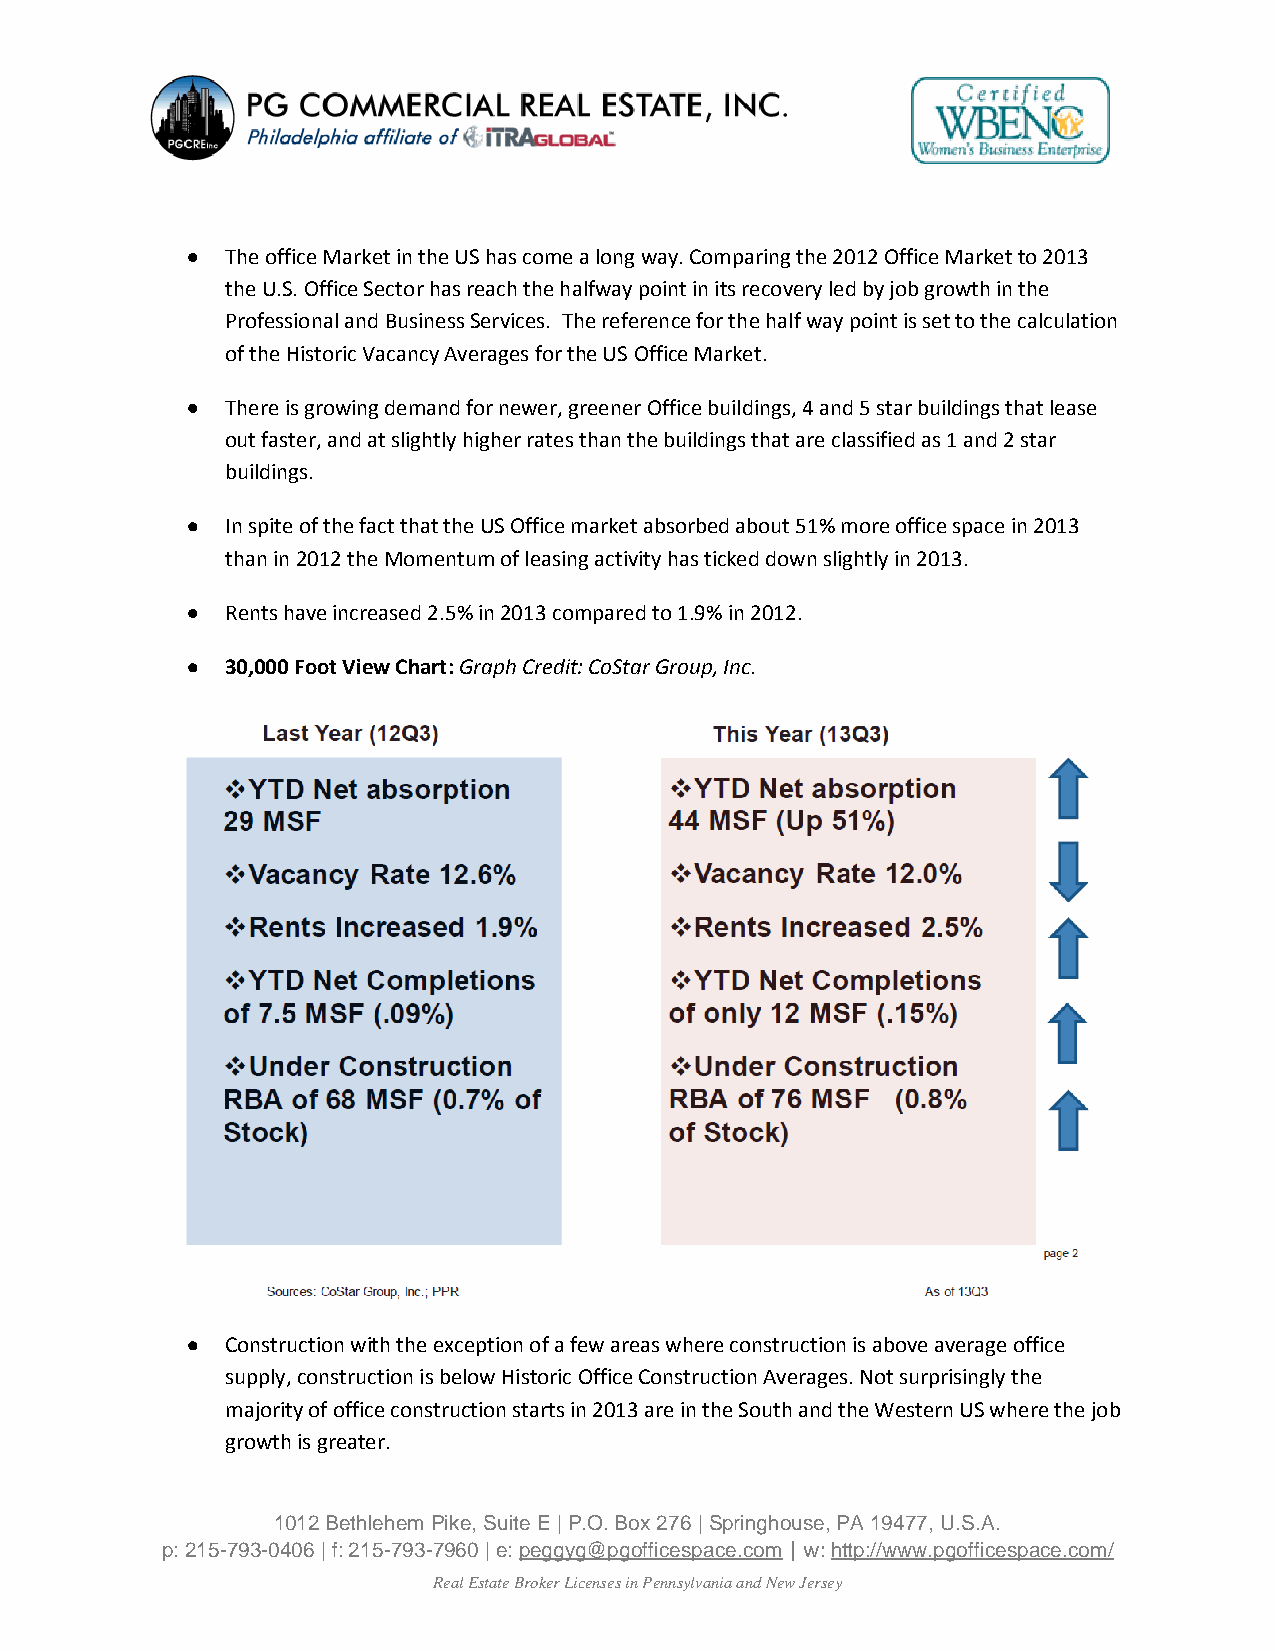
  The office Market in the US has come a long way. Comparing the 2012 Office Market to 2013
 the U.S. Office Sector has reach the halfway point in its recovery led by job growth in the
 Professional and Business Services. The reference for the half way point is set to the calculation
 of the Historic Vacancy Averages for the US Office Market.
   There is growing demand for newer, greener Office buildings, 4 and 5 star buildings that lease
 out faster, and at slightly higher rates than the buildings that are classified as 1 and 2 star
 buildings.
   In spite of the fact that the US Office market absorbed about 51% more office space in 2013
 than in 2012 the Momentum of leasing activity has ticked down slightly in 2013.
   Rents have increased 2.5% in 2013 compared to 1.9% in 2012.
   30,000 Foot View Chart: Graph Credit: CoStar Group, Inc.
   Construction with the exception of a few areas where construction is above average office
 supply, construction is below Historic Office Construction Averages. Not surprisingly the
 majority of office construction starts in 2013 are in the South and the Western US where the job
 growth is greater.
 1012 Bethlehem Pike, Suite E | P.O. Box 276 | Springhouse, PA 19477, U.S.A.
 p: 215-793-0406 | f: 215-793-7960 | e: peggyg@pgofficespace.com | w: http://www.pgofficespace.com/
 Real Estate Broker Licenses in Pennsylvania and New Jersey